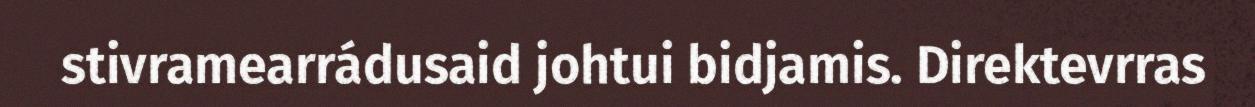
stivramearrádusaid johtui bidjamis. Direktevrras